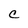
Character: C